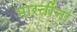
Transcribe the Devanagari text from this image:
भारतींना